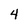
Character: 4